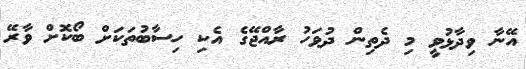
އޭނާ ވިދާޅުވީ މި ދެތިން ދުވަހު ރާއްޖޭގެ އެކި ހިސާބުތަކަށް ބޯކޮށް ވާރޭ